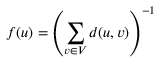
f ( u ) = \left( \sum _ { v \in V } d ( u , v ) \right) ^ { - 1 }